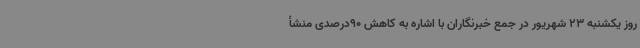
روز یکشنبه 23 شهریور در جمع خبرنگاران با اشاره به کاهش 90درصدی منشأ